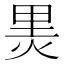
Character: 𭴬